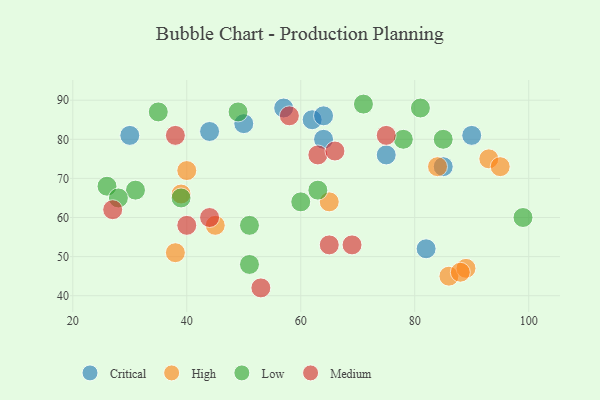
{"axis": {"x": "GDP", "y": "Life Expectancy"}, "legend": ["Critical", "High", "Low", "Medium"], "data": [{"x": "90", "y": 81, "type": "Critical"}, {"x": "44", "y": 82, "type": "Critical"}, {"x": "64", "y": 80, "type": "Critical"}, {"x": "62", "y": 85, "type": "Critical"}, {"x": "64", "y": 86, "type": "Critical"}, {"x": "75", "y": 76, "type": "Critical"}, {"x": "50", "y": 84, "type": "Critical"}, {"x": "82", "y": 52, "type": "Critical"}, {"x": "85", "y": 73, "type": "Critical"}, {"x": "30", "y": 81, "type": "Critical"}, {"x": "57", "y": 88, "type": "Critical"}, {"x": "40", "y": 72, "type": "High"}, {"x": "38", "y": 51, "type": "High"}, {"x": "39", "y": 66, "type": "High"}, {"x": "65", "y": 64, "type": "High"}, {"x": "86", "y": 45, "type": "High"}, {"x": "89", "y": 47, "type": "High"}, {"x": "45", "y": 58, "type": "High"}, {"x": "93", "y": 75, "type": "High"}, {"x": "95", "y": 73, "type": "High"}, {"x": "88", "y": 46, "type": "High"}, {"x": "84", "y": 73, "type": "High"}, {"x": "39", "y": 65, "type": "Low"}, {"x": "26", "y": 68, "type": "Low"}, {"x": "51", "y": 48, "type": "Low"}, {"x": "71", "y": 89, "type": "Low"}, {"x": "99", "y": 60, "type": "Low"}, {"x": "63", "y": 67, "type": "Low"}, {"x": "31", "y": 67, "type": "Low"}, {"x": "81", "y": 88, "type": "Low"}, {"x": "60", "y": 64, "type": "Low"}, {"x": "35", "y": 87, "type": "Low"}, {"x": "51", "y": 58, "type": "Low"}, {"x": "78", "y": 80, "type": "Low"}, {"x": "28", "y": 65, "type": "Low"}, {"x": "49", "y": 87, "type": "Low"}, {"x": "85", "y": 80, "type": "Low"}, {"x": "53", "y": 42, "type": "Medium"}, {"x": "38", "y": 81, "type": "Medium"}, {"x": "65", "y": 53, "type": "Medium"}, {"x": "27", "y": 62, "type": "Medium"}, {"x": "75", "y": 81, "type": "Medium"}, {"x": "44", "y": 60, "type": "Medium"}, {"x": "40", "y": 58, "type": "Medium"}, {"x": "69", "y": 53, "type": "Medium"}, {"x": "63", "y": 76, "type": "Medium"}, {"x": "58", "y": 86, "type": "Medium"}, {"x": "66", "y": 77, "type": "Medium"}]}